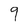
Character: 9